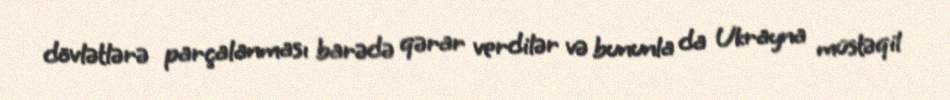
dövlətlərə parçalanması barədə qərar verdilər və bununla da Ukrayna müstəqil